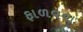
ફાળવવા